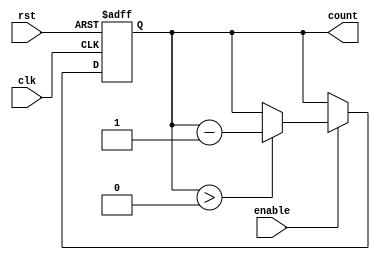
module down_counter #(
    parameter N = 4,          // Width of the counter (4 bits for a max value of 15)
    parameter MAX_VALUE = 15  // Maximum count value
)(
    input wire clk,           // Clock input
    input wire rst,           // Asynchronous reset
    input wire enable,        // Enable signal for counting
    output reg [N-1:0] count  // Current count value
);

// Counter register initialization
always @(posedge clk or posedge rst) begin
    if (rst) begin
        count <= MAX_VALUE;  // Reset to maximum value
    end else if (enable) begin
        if (count > 0) begin
            count <= count - 1;  // Decrement the counter if not zero
        end
        // If count is already zero, it remains zero
    end
end

endmodule